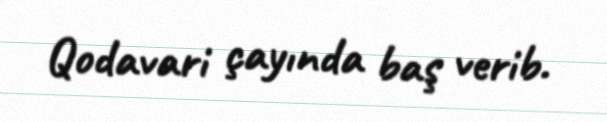
Qodavari çayında baş verib.